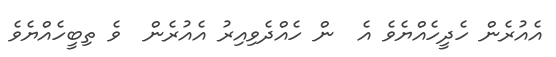
އެއުރެން ހެދީހެއްޔެވެ އެ  ން ހެއްދެވިއިރު އެއުރެން  ވެ ތިބީހެއްޔެވެ